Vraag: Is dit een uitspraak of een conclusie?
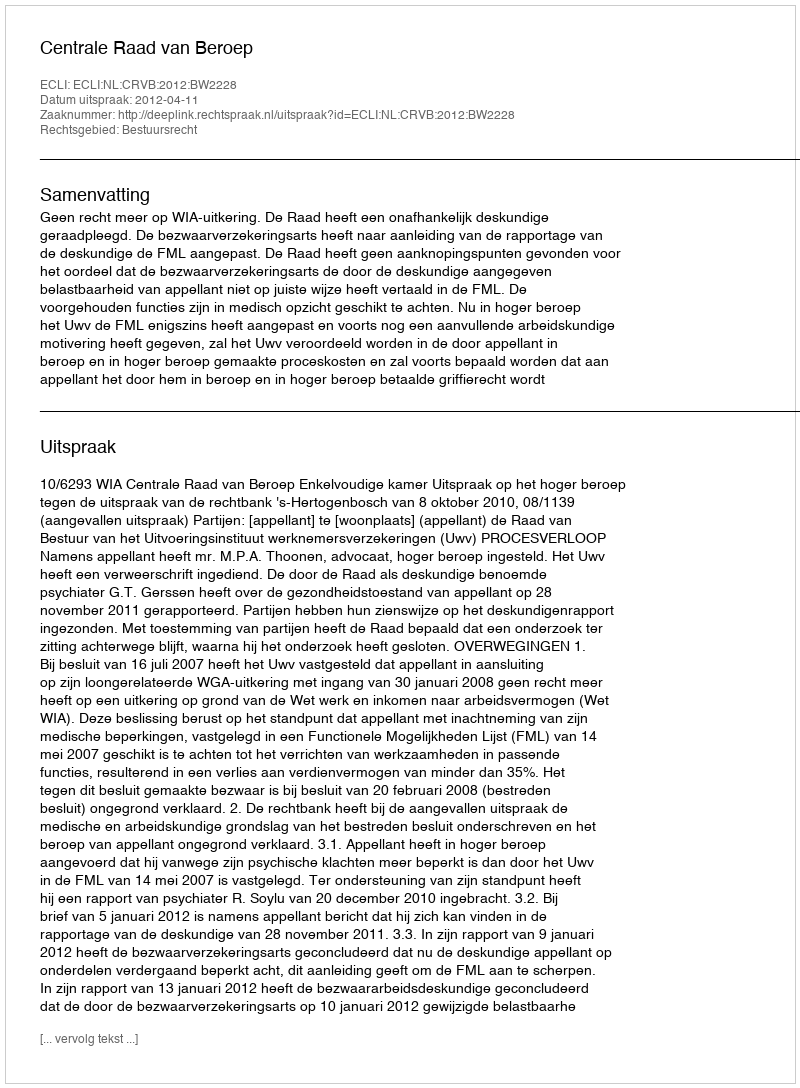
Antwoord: Uitspraak